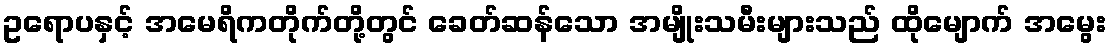
ဥရောပနှင့် အမေရိကတိုက်တို့တွင် ခေတ်ဆန်သော အမျိုးသမီးများသည် ထိုမျောက် အမွေး